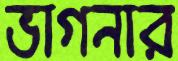
ভাগনার